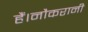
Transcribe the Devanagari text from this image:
हैं।नौकरानी